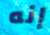
إنه